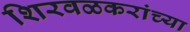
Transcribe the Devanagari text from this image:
शिरवळकरांच्या